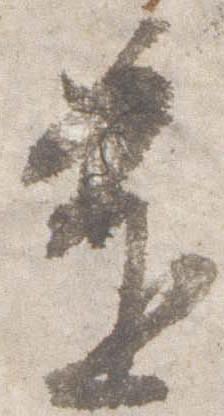
進